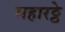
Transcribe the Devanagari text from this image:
महारठ्ठे